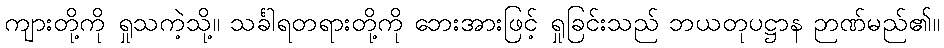
ကျားတို့ကို ရှုသကဲ့သို့။ သင်္ခါရတရားတို့ကို ဘေးအားဖြင့် ရှုခြင်းသည် ဘယတုပဋ္ဌာန ဉာဏ်မည်၏။